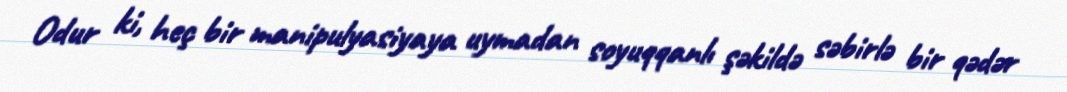
Odur ki, heç bir manipulyasiyaya uymadan soyuqqanlı şəkildə səbirlə bir qədər